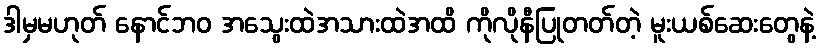
ဒါမှမဟုတ် နောင်ဘဝ အသွေးထဲအသားထဲအထိ ကိုလိုနီပြုတတ်တဲ့ မူးယစ်ဆေးတွေနဲ့